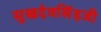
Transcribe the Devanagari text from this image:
सुखदेवसिंहजी